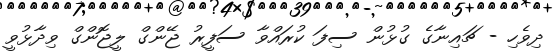
ދިވެހި - ޗައިނާގެ ގުޅުން ސިފަ ކުރައްވާ ސަފީރު ޖޭންގް ލީޖޮންގް ވިދާޅުވީ